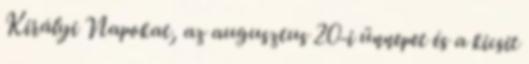
Királyi Napokat, az augusztus 20-i ünnepet és a kicsit